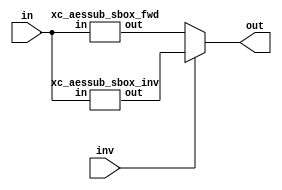

//
// Implement a single 1-byte lookup for the AES SBox or inverse SBox
module xc_aessub_sbox(
input  wire [7:0] in    ,   // Input byte
input  wire       inv   ,   // Perform inverse (set) or forward lookup
output wire [7:0] out       // Output byte
);

wire [7:0] out_fwd;
wire [7:0] out_inv;

assign out = inv ? out_inv : out_fwd;

xc_aessub_sbox_fwd i_sbox_fwd(
.in (in     ),
.out(out_fwd)
);

xc_aessub_sbox_inv i_sbox_inv (
.in (in     ),
.out(out_inv)
);

endmodule


//
// Adapted from:
// http://cs-www.cs.yale.edu/homes/peralta/CircuitStuff/CMT.html
// http://cs-www.cs.yale.edu/homes/peralta/CircuitStuff/AESDEPTH16SIZE125G
module xc_aessub_sbox_fwd (
input  wire [7:0] in    ,   // Input byte
output wire [7:0] out       // Output byte
);

wire u7, u6, u5, u4, u3, u2, u1, u0;
wire s7, s6, s5, s4, s3, s2, s1, s0;

assign out = {s0, s1, s2, s3, s4, s5, s6, s7};

assign {u0, u1, u2, u3, u4, u5, u6, u7}= in;

wire y14 = u3 ^ u5;
wire y13 = u0 ^ u6;
wire y9 = u0 ^ u3;
wire y8 = u0 ^ u5;
wire t0 = u1 ^ u2;
wire y1 = t0 ^ u7;
wire y4 = y1 ^ u3;
wire y12 = y13 ^ y14;
wire y2 = y1 ^ u0;
wire y5 = y1 ^ u6;
wire y3 = y5 ^ y8;
wire t1 = u4 ^ y12;
wire y15 = t1 ^ u5;
wire y20 = t1 ^ u1;
wire y6 = y15 ^ u7;
wire y10 = y15 ^ t0;
wire y11 = y20 ^ y9;
wire y7 = u7 ^ y11;
wire y17 = y10 ^ y11;
wire y19 = y10 ^ y8;
wire y16 = t0 ^ y11;
wire y21 = y13 ^ y16;
wire y18 = u0 ^ y16;
wire t2 = y12 && y15;
wire t3 = y3 && y6;
wire t4 = t3 ^ t2;
wire t5 = y4 && u7;
wire t6 = t5 ^ t2;
wire t7 = y13 && y16;
wire t8 = y5 && y1;
wire t9 = t8 ^ t7;
wire t10 = y2 && y7;
wire t11 = t10 ^ t7;
wire t12 = y9 && y11;
wire t13 = y14 && y17;
wire t14 = t13 ^ t12;
wire t15 = y8 && y10;
wire t16 = t15 ^ t12;
wire t17 = t4 ^ y20;
wire t18 = t6 ^ t16;
wire t19 = t9 ^ t14;
wire t20 = t11 ^ t16;
wire t21 = t17 ^ t14;
wire t22 = t18 ^ y19;
wire t23 = t19 ^ y21;
wire t24 = t20 ^ y18;
wire t25 = t21 ^ t22;
wire t26 = t21 && t23;
wire t27 = t24 ^ t26;
wire t28 = t25 && t27;
wire t29 = t28 ^ t22;
wire t30 = t23 ^ t24;
wire t31 = t22 ^ t26;
wire t32 = t31 && t30;
wire t33 = t32 ^ t24;
wire t34 = t23 ^ t33;
wire t35 = t27 ^ t33;
wire t36 = t24 && t35;
wire t37 = t36 ^ t34;
wire t38 = t27 ^ t36;
wire t39 = t29 && t38;
wire t40 = t25 ^ t39;
wire t41 = t40 ^ t37;
wire t42 = t29 ^ t33;
wire t43 = t29 ^ t40;
wire t44 = t33 ^ t37;
wire t45 = t42 ^ t41;
wire z0 = t44 && y15;
wire z1 = t37 && y6;
wire z2 = t33 && u7;
wire z3 = t43 && y16;
wire z4 = t40 && y1;
wire z5 = t29 && y7;
wire z6 = t42 && y11;
wire z7 = t45 && y17;
wire z8 = t41 && y10;
wire z9 = t44 && y12;
wire z10 = t37 && y3;
wire z11 = t33 && y4;
wire z12 = t43 && y13;
wire z13 = t40 && y5;
wire z14 = t29 && y2;
wire z15 = t42 && y9;
wire z16 = t45 && y14;
wire z17 = t41 && y8;
wire tc1 = z15 ^ z16;
wire tc2 = z10 ^ tc1;
wire tc3 = z9 ^ tc2;
wire tc4 = z0 ^ z2;
wire tc5 = z1 ^ z0;
wire tc6 = z3 ^ z4;
wire tc7 = z12 ^ tc4;
wire tc8 = z7 ^ tc6;
wire tc9 = z8 ^ tc7;
wire tc10 = tc8 ^ tc9;
wire tc11 = tc6 ^ tc5;
wire tc12 = z3 ^ z5;
wire tc13 = z13 ^ tc1;
wire tc14 = tc4 ^ tc12;
assign s3 = tc3 ^ tc11;
wire tc16 = z6 ^ tc8;
wire tc17 = z14 ^ tc10;
wire tc18 = tc13 ^ tc14;
assign s7 = z12 ~^ tc18;
wire tc20 = z15 ^ tc16;
wire tc21 = tc2 ^ z11;
assign s0 = tc3 ^ tc16;
assign s6 = tc10 ~^ tc18;
assign s4 = tc14 ^ s3;
assign s1 = s3 ~^ tc16;
wire tc26 = tc17 ^ tc20;
assign s2 = tc26 ~^ z17;
assign s5 = tc21 ^ tc17;

endmodule

//
// Adapted from:
// http://cs-www.cs.yale.edu/homes/peralta/CircuitStuff/CMT.html
// http://cs-www.cs.yale.edu/homes/peralta/CircuitStuff/AESReverseDepth.txt
module xc_aessub_sbox_inv (
input  wire [7:0] in    ,   // Input byte
output wire [7:0] out       // Output byte
);

wire u7, u6, u5, u4, u3, u2, u1, u0;
wire s7, s6, s5, s4, s3, s2, s1, s0;

assign out = {s0, s1, s2, s3, s4, s5, s6, s7};

assign {u0, u1, u2, u3, u4, u5, u6, u7}= in;

wire y0 = u0 ^ u3;
wire y2 = u1 ~^ u3;
wire y4 = u0 ^ y2;
wire rtl0 = u6 ^ u7;
wire y1 = y2 ^ rtl0;
wire y7 = u2 ~^ y1;
wire rtl1 = u3 ^ u4;
wire y6 = u7 ~^ rtl1;
wire y3 = y1 ^ rtl1;
wire rtl2 = u0 ~^ u2;
wire y5 = u5 ^ rtl2;
wire sa1 = y0 ^ y2;
wire sa0 = y1 ^ y3;
wire sb1 = y4 ^ y6;
wire sb0 = y5 ^ y7;
wire ah = y0 ^ y1;
wire al = y2 ^ y3;
wire aa = sa0 ^ sa1;
wire bh = y4 ^ y5;
wire bl = y6 ^ y7;
wire bb = sb0 ^ sb1;
wire ab20 = sa0 ^ sb0;
wire ab22 = al ^ bl;
wire ab23 = y3 ^ y7;
wire ab21 = sa1 ^ sb1;
wire abcd1 = ah && bh;
wire rr1 = y0 && y4;
wire ph11 = ab20 ^ abcd1;
wire t01 = y1 && y5;
wire ph01 = t01 ^ abcd1;
wire abcd2 = al && bl;
wire r1 = y2 && y6;
wire pl11 = ab22 ^ abcd2;
wire r2 = y3 && y7;
wire pl01 = r2 ^ abcd2;
wire r3 = sa0 && sb0;
wire vr1 = aa && bb;
wire pr1 = vr1 ^ r3;
wire wr1 = sa1 && sb1;
wire qr1 = wr1 ^ r3;
wire ab0 = ph11 ^ rr1;
wire ab1 = ph01 ^ ab21;
wire ab2 = pl11 ^ r1;
wire ab3 = pl01 ^ qr1;
wire cp1 = ab0 ^ pr1;
wire cp2 = ab1 ^ qr1;
wire cp3 = ab2 ^ pr1;
wire cp4 = ab3 ^ ab23;
wire tinv1 = cp3 ^ cp4;
wire tinv2 = cp3 && cp1;
wire tinv3 = cp2 ^ tinv2;
wire tinv4 = cp1 ^ cp2;
wire tinv5 = cp4 ^ tinv2;
wire tinv6 = tinv5 && tinv4;
wire tinv7 = tinv3 && tinv1;
wire d2 = cp4 ^ tinv7;
wire d0 = cp2 ^ tinv6;
wire tinv8 = cp1 && cp4;
wire tinv9 = tinv4 && tinv8;
wire tinv10 = tinv4 ^ tinv2;
wire d1 = tinv9 ^ tinv10;
wire tinv11 = cp2 && cp3;
wire tinv12 = tinv1 && tinv11;
wire tinv13 = tinv1 ^ tinv2;
wire d3 = tinv12 ^ tinv13;
wire sd1 = d1 ^ d3;
wire sd0 = d0 ^ d2;
wire dl = d0 ^ d1;
wire dh = d2 ^ d3;
wire dd = sd0 ^ sd1;
wire abcd3 = dh && bh;
wire rr2 = d3 && y4;
wire t02 = d2 && y5;
wire abcd4 = dl && bl;
wire r4 = d1 && y6;
wire r5 = d0 && y7;
wire r6 = sd0 && sb0;
wire vr2 = dd && bb;
wire wr2 = sd1 && sb1;
wire abcd5 = dh && ah;
wire r7 = d3 && y0;
wire r8 = d2 && y1;
wire abcd6 = dl && al;
wire r9 = d1 && y2;
wire r10 = d0 && y3;
wire r11 = sd0 && sa0;
wire vr3 = dd && aa;
wire wr3 = sd1 && sa1;
wire ph12 = rr2 ^ abcd3;
wire ph02 = t02 ^ abcd3;
wire pl12 = r4 ^ abcd4;
wire pl02 = r5 ^ abcd4;
wire pr2 = vr2 ^ r6;
wire qr2 = wr2 ^ r6;
wire p0 = ph12 ^ pr2;
wire p1 = ph02 ^ qr2;
wire p2 = pl12 ^ pr2;
wire p3 = pl02 ^ qr2;
wire ph13 = r7 ^ abcd5;
wire ph03 = r8 ^ abcd5;
wire pl13 = r9 ^ abcd6;
wire pl03 = r10 ^ abcd6;
wire pr3 = vr3 ^ r11;
wire qr3 = wr3 ^ r11;
wire p4 = ph13 ^ pr3;
assign s7 = ph03 ^ qr3;
wire p6 = pl13 ^ pr3;
wire p7 = pl03 ^ qr3;
assign s3 = p1 ^ p6;
assign s6 = p2 ^ p6;
assign s0 = p3 ^ p6;
wire x11 = p0 ^ p2;
assign s5 = s0 ^ x11;
wire x13 = p4 ^ p7;
wire x14 = x11 ^ x13;
assign s1 = s3 ^ x14;
wire x16 = p1 ^ s7;
assign s2 = x14 ^ x16;
wire x18 = p0 ^ p4;
wire x19 = s5 ^ x16;
assign s4 = x18 ^ x19;

endmodule